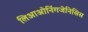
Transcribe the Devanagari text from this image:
लिआओनिंगजेनिसिस